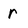
Character: r